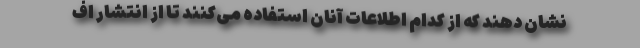
نشان دهند که از کدام اطلاعات آنان استفاده می‌کنند تا از انتشار اف